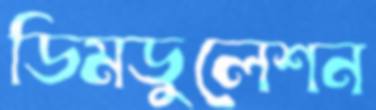
ডিমডুলেশন